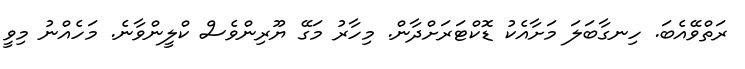
ރަތްވޭއެބަ. ހިނގާބަލަ މަށާއެކު ޑޮކްޓަރަށްދާން. މިހާރު މަގޭ ޔޫރިންވެސް ކްލީންވާނެ. މަހެއްނު މިވީ